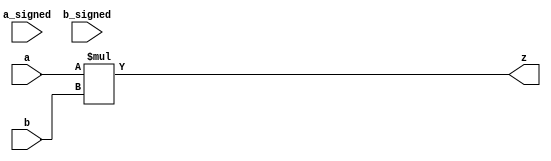
module dut(
	input a_signed, b_signed,
	input [34:0] a,
	input [29:0] b,
	output [64:0] z
);

	assign z = a * b;

endmodule